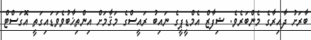
ބާރަށު ދާއިރާގެ މެންބަރެވެ. ޝިފާޒް އެމްޑީޕީގެ ނައިބު ރައީސްގެ މަޤާމަށް އިންތިޚާބުވެވަޑައިގަތީ އޮގަސްޓް